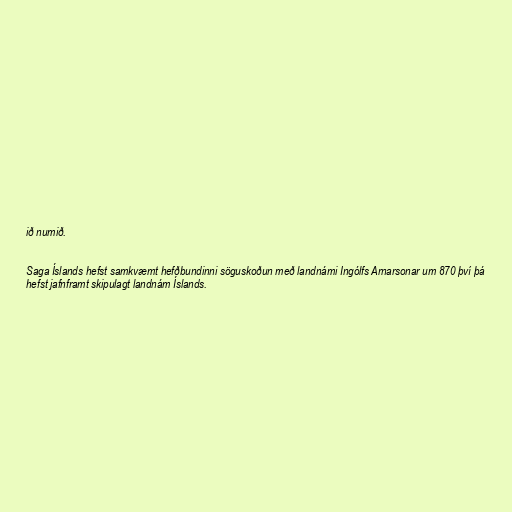
ið numið.

Saga Íslands hefst samkvæmt hefðbundinni söguskoðun með landnámi Ingólfs Arnarsonar um 870 því þá
hefst jafnframt skipulagt landnám Íslands.